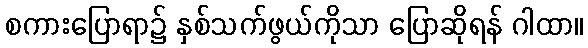
စကားပြောရာ၌ နှစ်သက်ဖွယ်ကိုသာ ပြောဆိုရန် ဂါထာ။